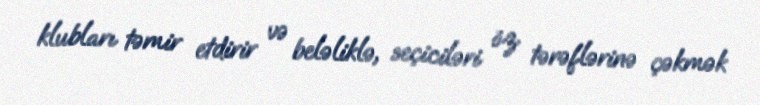
klubları təmir etdirir və beləliklə, seçiciləri öz tərəflərinə çəkmək